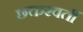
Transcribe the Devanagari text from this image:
छक्तरवर्ती